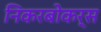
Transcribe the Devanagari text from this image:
निकरबोकर्स